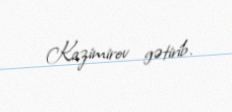
Kazimirov gətirib.